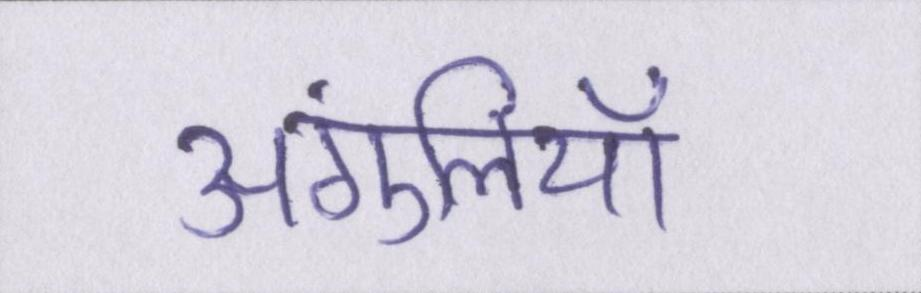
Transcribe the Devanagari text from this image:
अंगुलियाँ